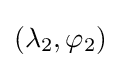
(\lambda _{2},\varphi _{2})